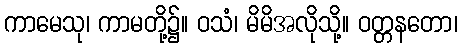
ကာမေသု၊ ကာမတို့၌။ ဝသံ၊ မိမိအလိုသို့။ ဝတ္တနတော၊